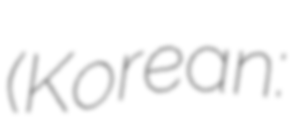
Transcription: (Korean: